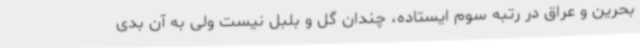
بحرین و عراق در رتبه سوم ایستاده، چندان گل و بلبل نیست ولی به آن بدی